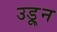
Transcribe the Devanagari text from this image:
उडू्न